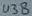
Text: U3B